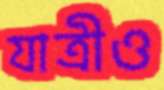
যাত্রীও